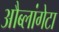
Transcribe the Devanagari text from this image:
औब्लांगेटा